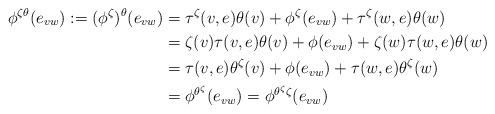
LaTeX: \begin{align*}\phi^{\zeta\theta}(e_{vw}) := (\phi^\zeta)^\theta(e_{vw}) &= \tau^\zeta(v,e)\theta(v) + \phi^\zeta(e_{vw}) + \tau^\zeta(w,e)\theta(w) \\&= \zeta(v)\tau(v,e)\theta(v) + \phi(e_{vw}) + \zeta(w)\tau(w,e)\theta(w) \\&= \tau(v,e)\theta^\zeta(v) + \phi(e_{vw}) + \tau(w,e)\theta^\zeta(w) \\&= \phi^{\theta^\zeta}(e_{vw}) = \phi^{\theta^\zeta \zeta}(e_{vw}) \end{align*}